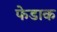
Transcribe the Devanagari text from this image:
फेडाक